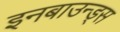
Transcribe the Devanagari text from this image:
इनबाउन्ड्स